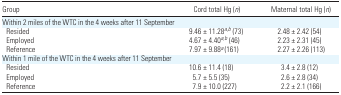
<table><thead><tr><td><b>Group</b></td><td><b>Cord total Hg (<i>n</i>)</b></td><td><b>Maternal total Hg (<i>n</i>)</b></td></tr></thead><tbody><tr><td colspan="3">Within 2 miles of the WTC in the 4 weeks after 11 September</td></tr><tr><td> Resided</td><td>9.46 ± 11.28a,b (73)</td><td>2.48 ± 2.42 (54)</td></tr><tr><td> Employed</td><td>4.67 ± 4.40a,b (46)</td><td>2.23 ± 2.31 (45)</td></tr><tr><td> Reference</td><td>7.97 ± 9.88a (161)</td><td>2.27 ± 2.26 (113)</td></tr><tr><td colspan="3">Within 1 mile of the WTC in the 4 weeks after 11 September</td></tr><tr><td> Resided</td><td>10.6 ± 11.4 (18)</td><td>3.4 ± 2.8 (12)</td></tr><tr><td> Employed</td><td>5.7 ± 5.5 (35)</td><td>2.6 ± 2.8 (34)</td></tr><tr><td> Reference</td><td>7.9 ± 10.0 (227)</td><td>2.2 ± 2.1 (166)</td></tr></tbody></table>